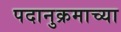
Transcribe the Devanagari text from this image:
पदानुक्रमाच्या